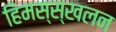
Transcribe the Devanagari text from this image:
हिमस्स्खलन